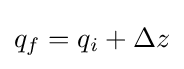
q_{f}=q_{i}+\Delta z